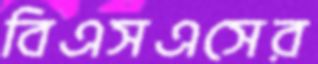
বিএসএসের